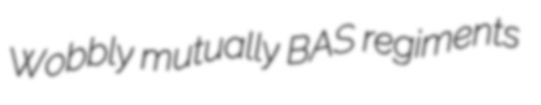
Wobbly mutually BAS regiments